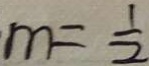
m = \frac { 1 } { 2 }